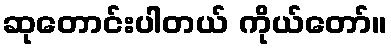
ဆုတောင်းပါတယ် ကိုယ်တော်။